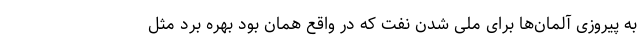
به پیروزی آلمان‌ها برای ملی شدن نفت که در واقع همان بود بهره برد مثل